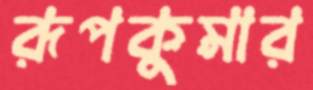
রূপকুমার